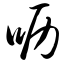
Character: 呖